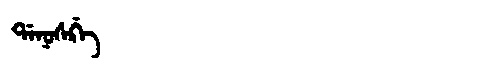
Manchu: ᡩᠠᠨᠣᠰᡤ᠋ᠠ
Romanization: DANOSG'A